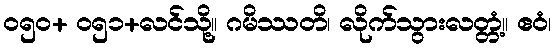
ဝ၅၀+ ဝ၅၁+လင်သို့။ ဂမိဿတိ၊ လိုက်သွားလတ္တံ့။ ဧဝံ၊